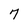
Character: 7